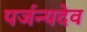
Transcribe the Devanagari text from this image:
पर्जन्यदेव